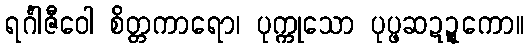
ရင်္ဂါဇီဝေါ စိတ္တကာရော၊ ပုက္ကုသော ပုပ္ဖဆဍ္ဍကော။